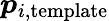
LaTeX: \boldsymbol{p}_{i,\mathrm{template}}